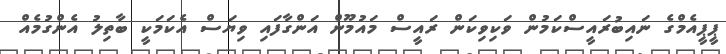
ޕީޕީއެމްގެ ނައިބުރައީސްކަމުން ވަކިވިކަން ރައީސް މައުމޫން އަންގާފައި ވިޔަސް އެކަމަކީ ބާތިލު އެންގުމެއް